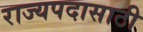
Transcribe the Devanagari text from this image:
राज्यपदासाठी